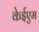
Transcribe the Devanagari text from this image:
केईएम